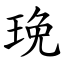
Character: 㻊